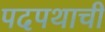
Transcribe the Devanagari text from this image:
पदपथाची